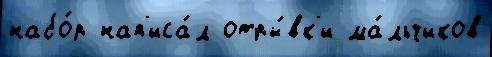
набо́р нап'иса́л отры́вк'и ма́льчиков